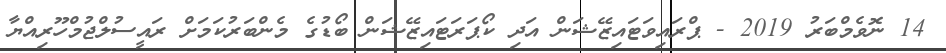
14 ނޮވެމްބަރު 2019 - ޕްރައިވަޓައިޒޭޝަން އަދި ކޯޕަރަޓައިޒޭޝަން ބޯޑުގެ މެންބަރުކަމަށް ރައީސުލްޖުމްހޫރިއްޔާ